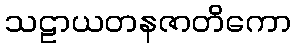
သဠာယတနဇာတိကော